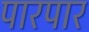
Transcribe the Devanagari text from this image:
पारपार